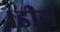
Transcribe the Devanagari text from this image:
।डीग